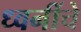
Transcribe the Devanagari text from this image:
ध्वनींचे